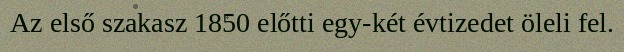
Az első szakasz 1850 előtti egy-két évtizedet öleli fel.